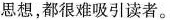
思想，都很难吸引读者。